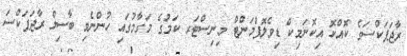
ރާޖަޕަކްސަގެ ކޮއްކޮ އިކޮނަމިކް ޑިވެލޮޕްމަންޓް މިނިސްޓަރ ކަމުގެ މަގާމުގައި ހުންނެވި ބާސިލް ރާޖަޕަކްސަ